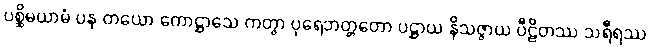
ပစ္ဆိမယာမံ ပန တယော ကောဋ္ဌာသေ ကတွာ ပုရေဘတ္တတော ပဋ္ဌာယ နိသဇ္ဇာယ ပီဠိတဿ သရီရဿ